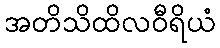
အတိသိထိလဝီရိယံ